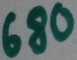
Text: 680